Report of an investigation into the causes of malaria in Bombay and the measures necessary for its control
Disease focus: Malaria
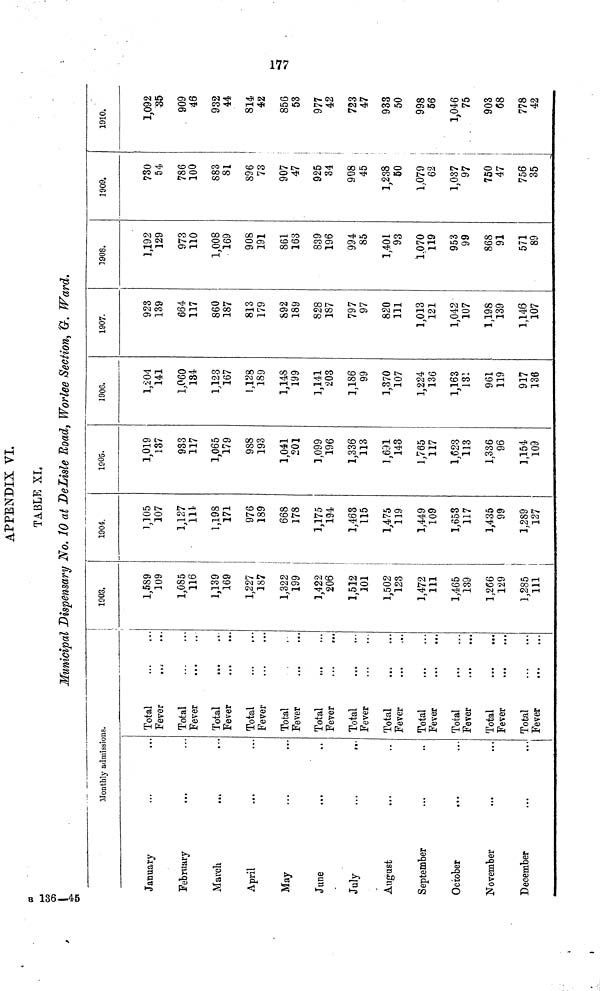
177
APPENDIX VI.
TABLE XI,
Municipal Dispensary No. 10 at DeLisle Road, Worlee Section, G. Ward,
Monthly admissions.
January
February
March
April
May
June
July
...
»..
August
September
October
November
December
Total
Fever
Total
Fever
Total
Fever
Total
Fever
Total
Fever
Total
Fever
Total
Fever
Total
Fever
Total
Fever
Total
Fever
Total
Fever
Total
Fever
1903.
1,589
109
1,085
116
1,139
169
1,227
187
1,322
199
1,422
206
1,512
101
1,502
123
1,472
111
1,465
139
1,266
129
1,285
111
1904.
1,105
107
1,127
114
1,198
171
!
976
189
668
178
1,175
194
1,463
115
1,475
119
1,449
109
1,653
117
1,435
99
1;289
127
1905.
1,019
137
933
117
1,065
179
988
193
1,041
201
1,099
196
1,336
113
1,631
143
1,765
117
1,623
113
1,336
96
1,154
109
1906.
l,204
141
1,060
134
1,123
167
1,128
189
1,148
199
1,141
203
1,186
99
1,370
107
1,224
136
1,163
131
961
119
917
136
1907.
923
139
664
117
860
187
813
179
892
189
828
187
797
97
820
111
1,013
121
1,042
107
1,198
139
1,146
107
1908.
1,192
129
973
110
1,008
169
908
191
861
163
839
196
994
85
1,401
93
1.070
119
953
99
868
91
571
89
1909.
730
54
786
100
883
81
896
73
907
47
925
34
908
45
1,238
50
1,079
62
1,037 •
97 |
750
47
756
35
1910.
1,092
35
909
46
932
44
814
42
856
53
977
42
723
47
933
50
998
56
1,046
75
903
68
778
42
B 136-45